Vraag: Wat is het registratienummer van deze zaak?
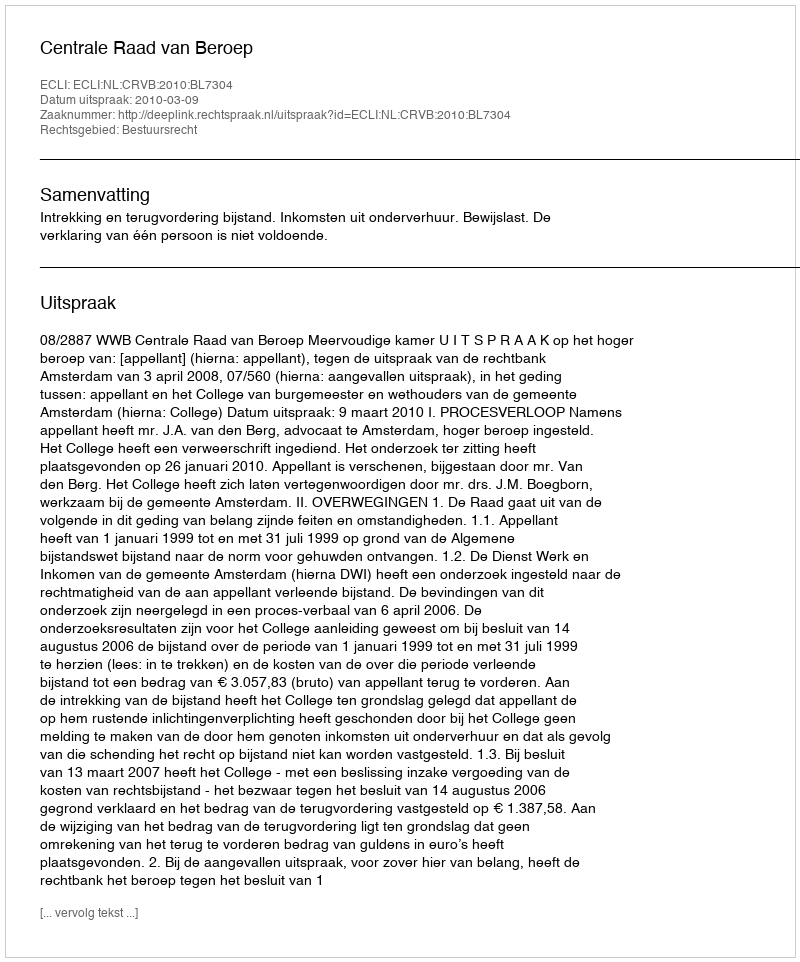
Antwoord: http://deeplink.rechtspraak.nl/uitspraak?id=ECLI:NL:CRVB:2010:BL7304